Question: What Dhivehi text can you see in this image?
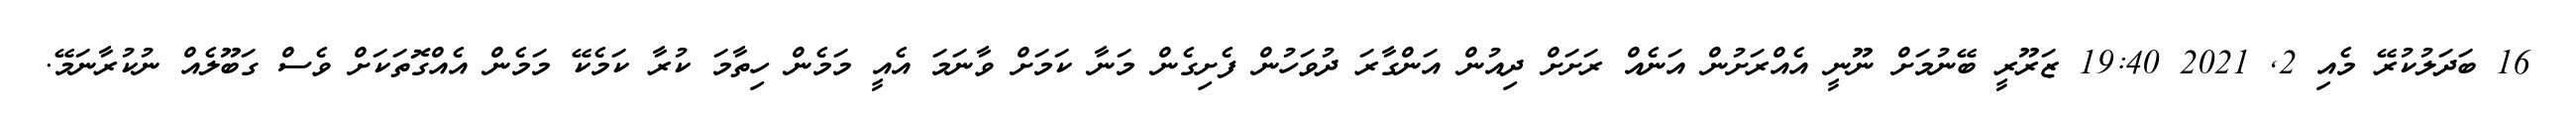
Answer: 16 ބަދަލުކުރޭ މެއި 2, 2021 19:40 ޒަރޫރީ ބޭނުމަށް ނޫނީ އެއްރަށުން އަނެއް ރަށަށް ދިއުން އަންގާރަ ދުވަހުން ފެށިގެން މަނާ ކަމަށް ވާނަމަ އެއީ މަމެން ހިތާމަ ކުރާ ކަމެކޭ މަމެން އެއްގޮތަކަށް ވެސް ގަބޫލެއް ނުކުރާނަމޭ.